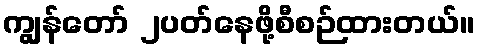
ကျွန်တော် ၂ပတ်နေဖို့စီစဉ်ထားတယ်။